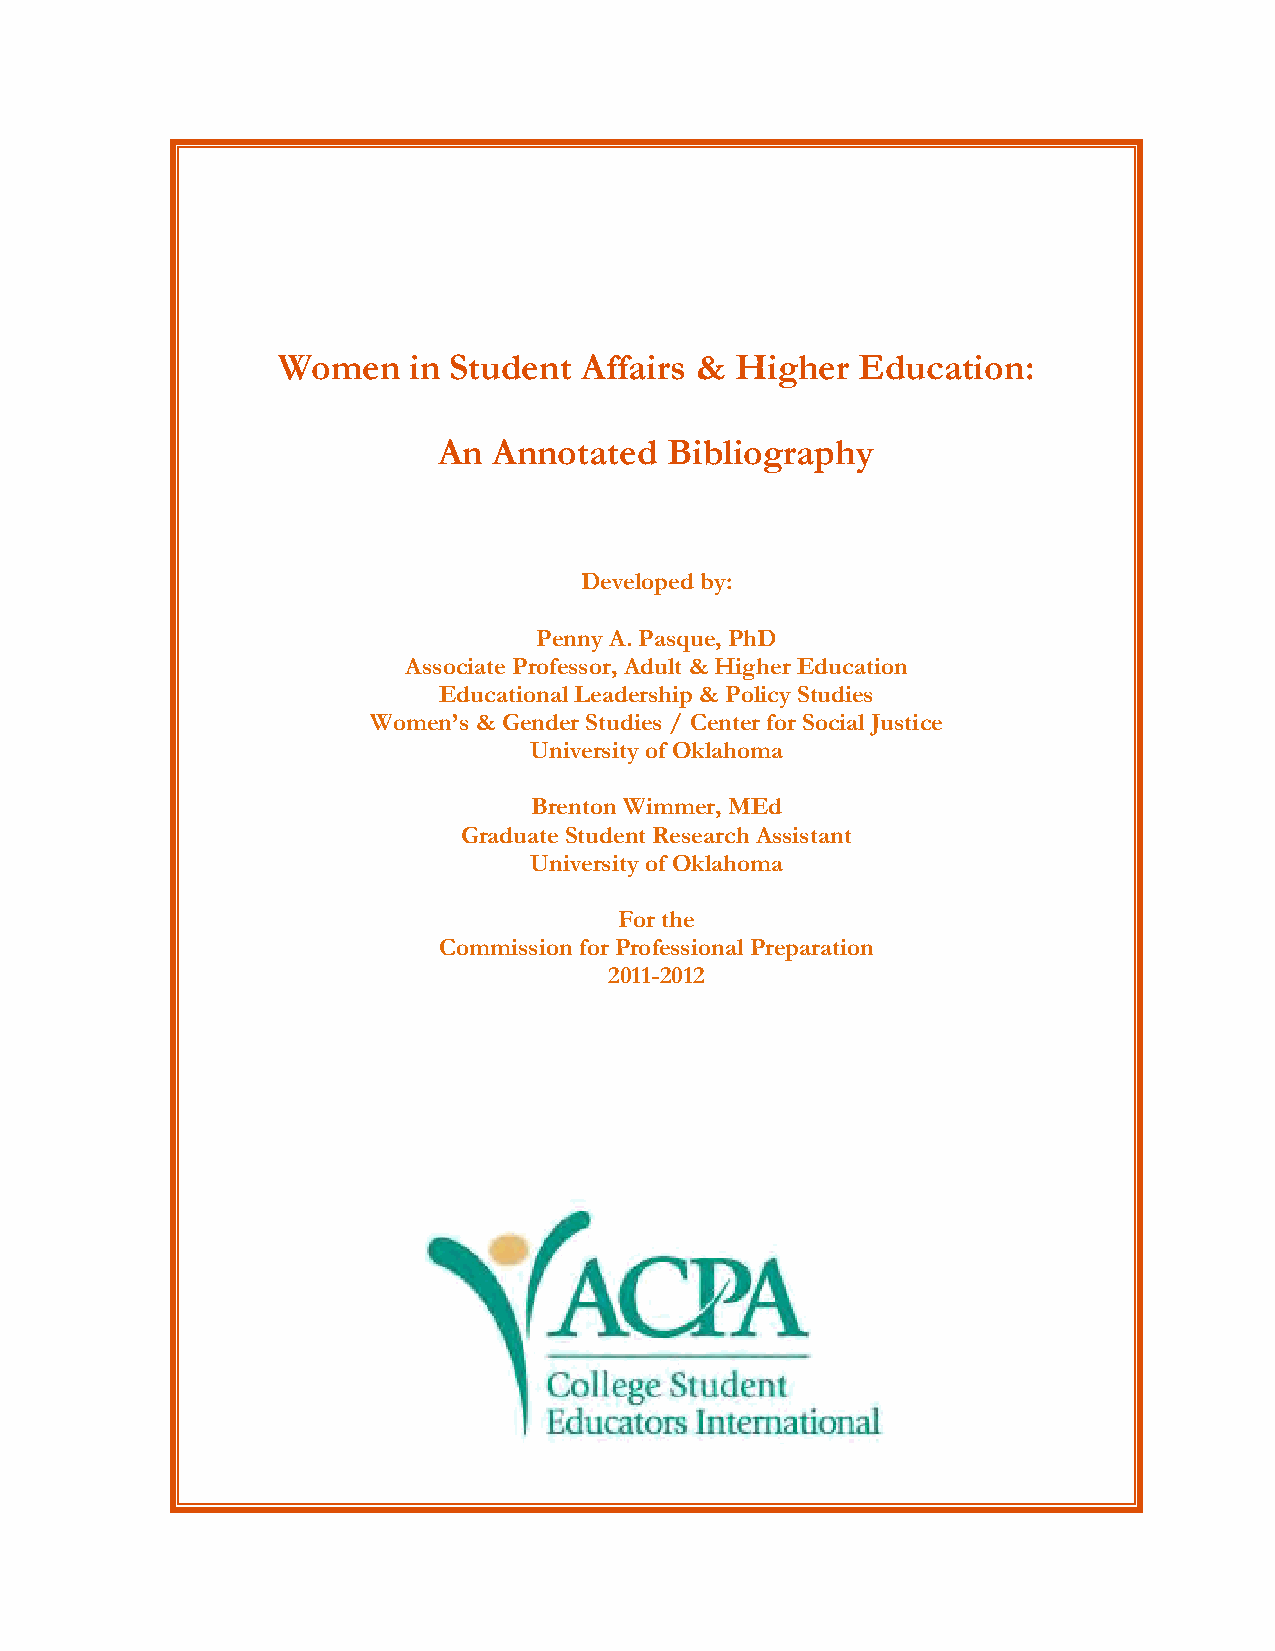
Women    in Student  Affairs & Higher  Education:
 An  Annotated  Bibliography
 Developed by:
 Penny A. Pasque, PhD
 Associate Professor, Adult & Higher Education
 Educational Leadership & Policy Studies
 Women’s & Gender Studies / Center for Social Justice
 University of Oklahoma
 Brenton Wimmer, MEd
 Graduate Student Research Assistant
 University of Oklahoma
 For the
 Commission for Professional Preparation
 2011-2012